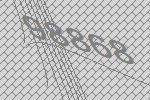
98868